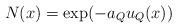
LaTeX: \begin{align*}N(x)=\exp(-a_{Q}u_{Q}(x))\end{align*}